Lock hospitals Punjab
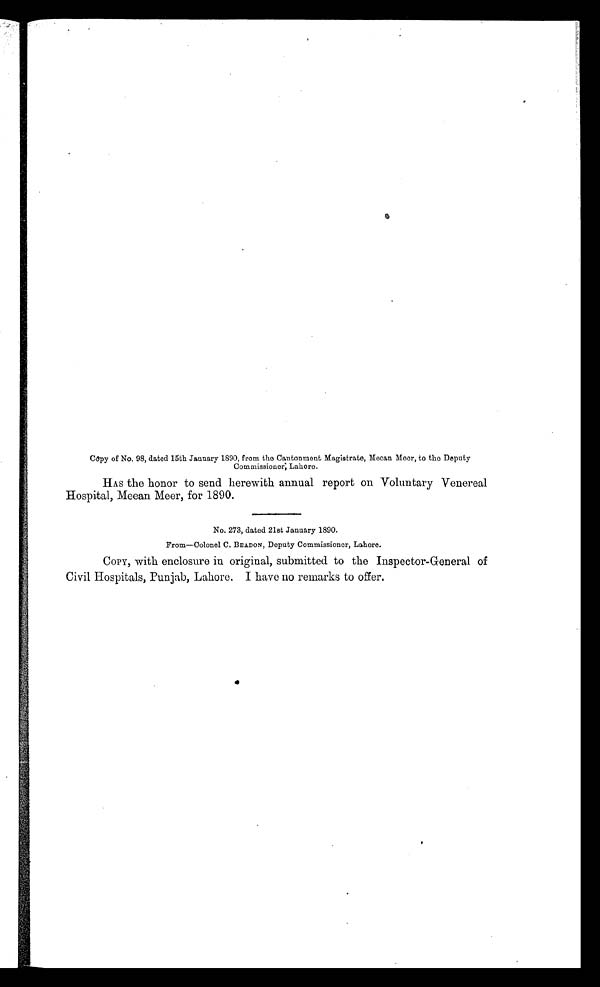
Copy of No. 98, dated 15th January 1890, from the Cantonment Magistrate, Mecan Meer, to the Deputy
Commissioner; Lahore.
HAS the honor to send herewith annual report on Voluntary Venereal
Hospital, Meean Meer, for 1890.
No. 273, dated 21st January 1890.
From—Colonel C. BEADON, Deputy Commissioner, Lahore.
COPY, with enclosure in original, submitted to the Inspector-General of
Civil Hospitals, Punjab, Lahore. I have no remarks to offer,